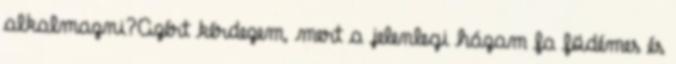
alkalmazni?Azért kérdezem, mert a jelenlegi házam fa födémes és